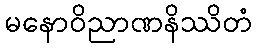
မနောဝိညာဏနိဿိတံ